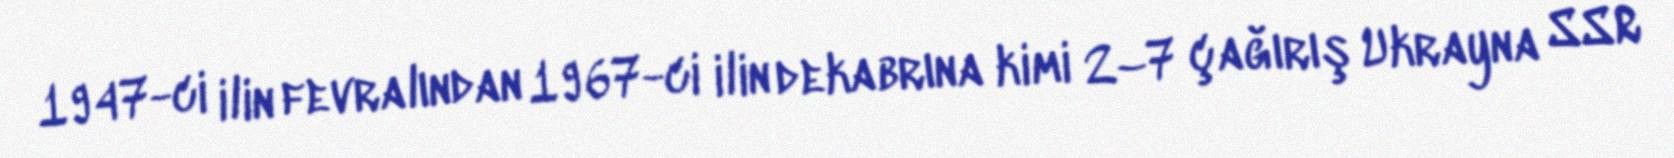
1947-ci ilin fevralından 1967-ci ilin dekabrına kimi 2–7 çağırış Ukrayna SSR